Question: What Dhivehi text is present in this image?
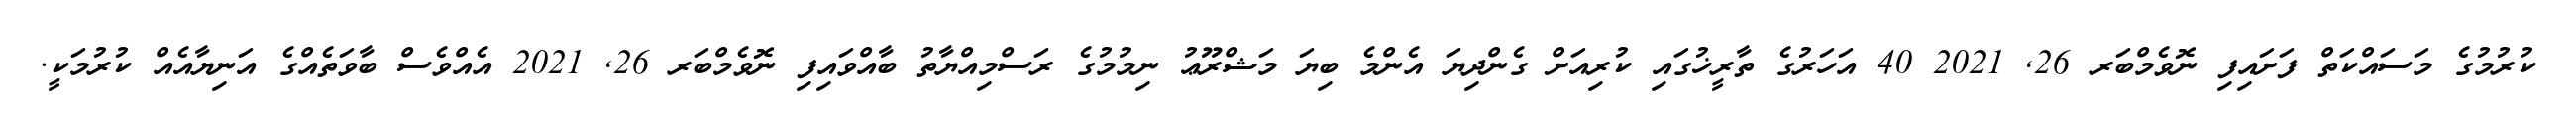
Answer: ކުރުމުގެ މަސައްކަތް ފަށައިފި ނޮވެމްބަރ 26, 2021 40 އަހަރުގެ ތާރީޚުގައި ކުރިއަށް ގެންދިޔަ އެންމެ ބިޔަ މަޝްރޫޢު ނިމުމުގެ ރަސްމިއްޔާތު ބާއްވައިފި ނޮވެމްބަރ 26, 2021 އެއްވެސް ބާވަތެއްގެ އަނިޔާއެއް ކުރުމަކީ.